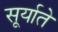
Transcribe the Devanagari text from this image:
सूर्याते